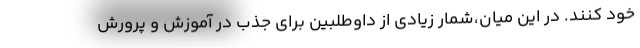
خود کنند. در این میان،شمار زیادی از داوطلبین برای جذب در آموزش و پرورش